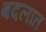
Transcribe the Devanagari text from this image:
बदलात